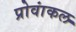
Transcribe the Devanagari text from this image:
प्रोवांकल